Plague in India, 1896, 1897 - Volume 1
Year: 1896
Disease focus: Plague
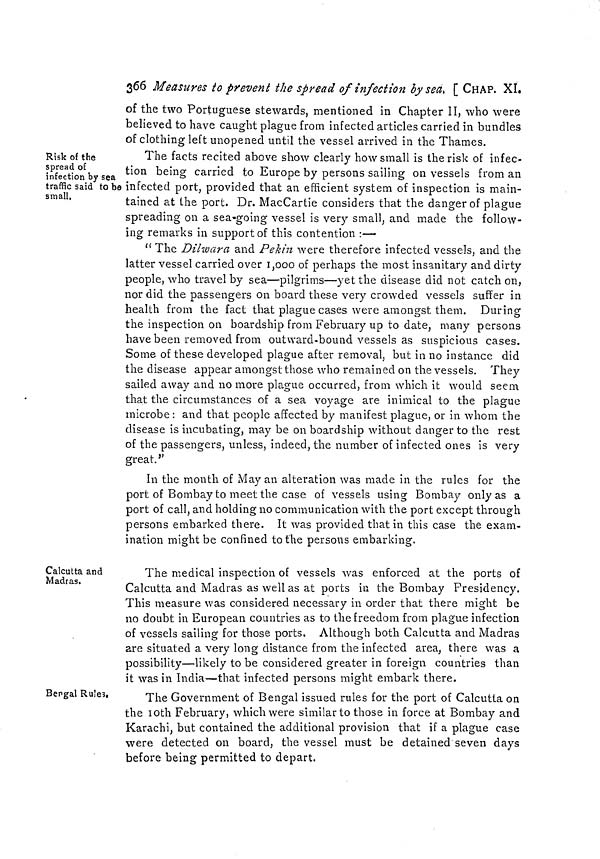
366 Measures to prevent the spread of infection by sea. [ CHAP. XI.
of the two Portuguese stewards, mentioned in Chapter II, who were
believed to have caught plague from infected articles carried in bundles
of clothing left unopened until the vessel arrived in the Thames.
Risk of the
spread of
infection by sea
traffic said to be
small,
The facts recited above show clearly how small is the risk of infec-
tion being carried to Europe by persons sailing on vessels from an
infected port, provided that an efficient system of inspection is main-
tained at the port. Dr. MacCartie considers that the danger of plague
spreading on a sea-going vessel is very small, and made the follow-
ing remarks in support of this contention :—
" The Dilwara and Pekin were therefore infected vessels, and the
latter vessel carried over 1,000 of perhaps the most insanitary and dirty
people, who travel by sea—pilgrims—yet the disease did not catch on,
nor did the passengers on board these very crowded vessels suffer in
health from the fact that plague cases were amongst them. During
the inspection on boardship from February up to date, many persons
have been removed from outward-bound vessels as suspicious cases.
Some of these developed plague after removal, but in no instance did
the disease appear amongst those who remained on the vessels. They
sailed away and no more plague occurred, from which it would seem
that the circumstances of a sea voyage are inimical to the plague
microbe: and that people affected by manifest plague, or in whom the
disease is incubating, may be on boardship without danger to the rest
of the passengers, unless, indeed, the number of infected ones is very
great."
In the month of May an alteration was made in the rules for the
port of Bombay to meet the case of vessels using Bombay only as a
port of call, and holding no communication with the port except through
persons embarked there. It was provided that in this case the exam-
ination might be confined to the persons embarking.
Calcutta and
Madras.
The medical inspection of vessels was enforced at the ports of
Calcutta and Madras as well as at ports in the Bombay Presidency.
This measure was considered necessary in order that there might be
no doubt in European countries as to the freedom from plague infection
of vessels sailing for those ports. Although both Calcutta and Madras
are situated a very long distance from the infected area, there was a
possibility—likely to be considered greater in foreign countries than
it was in India—that infected persons might embark there.
Bengal Rules.
The Government of Bengal issued rules for the port of Calcutta on
the 10th February, which were similar to those in force at Bombay and
Karachi, but contained the additional provision that if a plague case
were detected on board, the vessel must be detained seven days
before being permitted to depart.